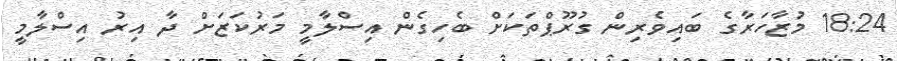
18:24 މުޒާހަރާގެ ބައިވެރިން ގުރޫޕްތަކަށް ބެހިގެން އިސްލާމީ މަރުކަޒަށް ދާ އިރު އިސްލާމީ